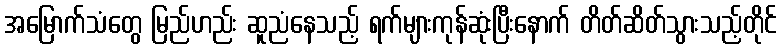
အမြောက်သံတွေ မြည်ဟည်း ဆူညံနေသည့် ရက်များကုန်ဆုံးပြီးနောက် တိတ်ဆိတ်သွားသည့်တိုင်